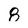
Character: 8